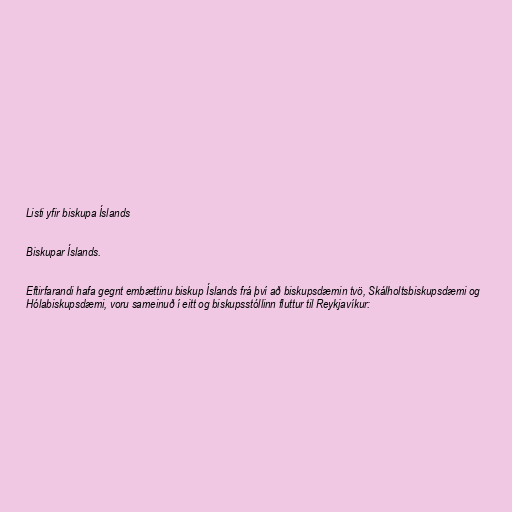
Listi yfir biskupa Íslands

Biskupar Íslands.

Eftirfarandi hafa gegnt embættinu biskup Íslands frá því að biskupsdæmin tvö, Skálholtsbiskupsdæmi og
Hólabiskupsdæmi, voru sameinuð í eitt og biskupsstóllinn fluttur til Reykjavíkur: